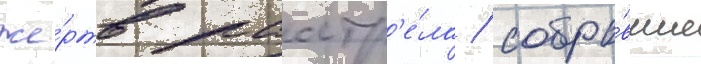
же́ртв расстр'е́ла / собра́вшие